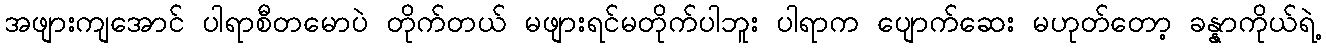
အဖျားကျအောင် ပါရာစီတမောပဲ တိုက်တယ် မဖျားရင်မတိုက်ပါဘူး ပါရာက ပျောက်ဆေး မဟုတ်တော့ ခန္နာကိုယ်ရဲ့